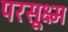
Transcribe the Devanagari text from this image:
परसूक्ष्म